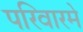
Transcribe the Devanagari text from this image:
परिवारमे